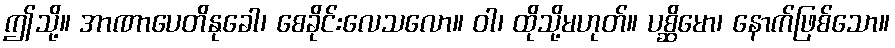
ဤသို့။ အာဏာပေတိနုခေါ၊ စေခိုင်းလေသလော။ ဝါ၊ ထိုသို့မဟုတ်။ ပစ္ဆိမော၊ နောက်ဖြစ်သော။